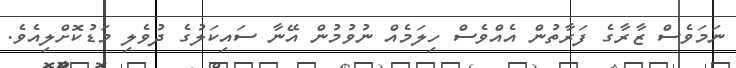
ނަމަވެސް ޒާރާގެ ފަރާތުން އެއްވެސް ހިލަމެއް ނުވުމުން އޭނާ ސައިކަލުގެ ދުވެލި މަޑުކޮށްލިއެވެ.